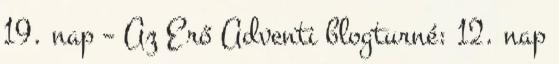
19. nap – Az Erő Adventi blogturné: 12. nap